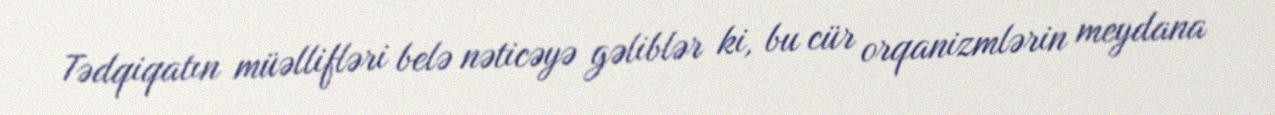
Tədqiqatın müəllifləri belə nəticəyə gəliblər ki, bu cür orqanizmlərin meydana